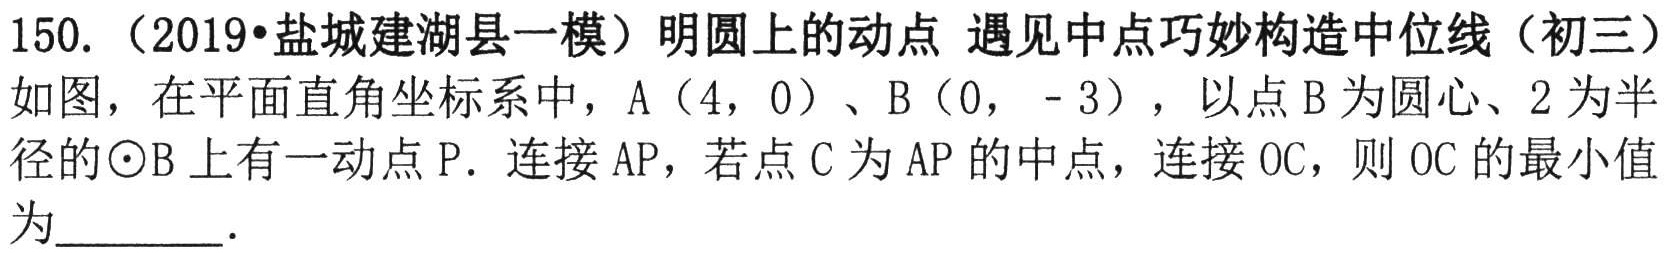
150. （2019•盐城建湖县一模）明圆上的动点 遇见中点巧妙构造中位线（初三）
如图，在平面直角坐标系中，\(A(4,0)\)、\(B(0, - 3)\)，以点\(B\)为圆心、\(2\)为半径的\(\odot B\)上有一动点\(P\)．连接\(AP\)，若点\(C\)为\(AP\)的中点，连接\(OC\)，则\(OC\)的最小值为  ．